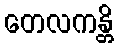
တေလကန္တိ